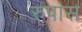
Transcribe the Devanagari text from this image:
रुपास